Vital statistics of India. Vol. V, Reports of 1876 on armies & jails and on epidemic cholera
Year: 1876
Disease focus: Cholera
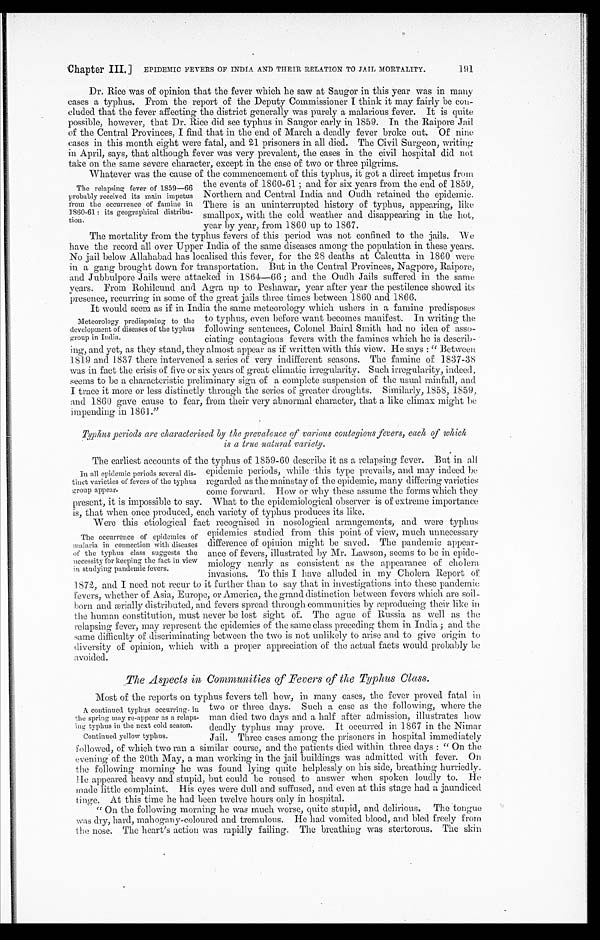
Chapter III.] EPIDEMIC FEVERS OF INDIA AND THEIR RELATION TO JAIL MORTALITY.
191
Dr. Rice was of opinion that the fever which he saw at Saugor in this year was in many
cases a typhus. From the report of the Deputy Commissioner I think it may fairly be con--
cluded that the fever affecting the district generally was purely a malarious fever. It is quite
possible, however, that Dr.Rice did see typhus in Saugor early in 1859. In the Raipore Jail
of the Central Provinces, I find that in the end of March a deadly fever broke out. Of nine
cases in this month eight were fatal, and 21 prisoners in all died. The Civil Surgeon, writing
in April, says, that although fever was very prevalent, the cases in the civil hospital did not
take on the same severe character. except in the case of two o r t h r e e p i l g r i m s .
Whatever was the cause of the commencement of this typhus, it got a direct impetus from
the events of 1860-61; and for six years from the end of 1859,
Northern and Central India and Oudh retained the epidemic.
There is an uninterrupted history of typhus, appearing, like
smallpox, with the cold weather and disappearing in the hot,
year by year, from 1860 up to 1867.
The mortality from the typhus fevers of this period was not confined to the jails. We
have the record. all over Upper India of the same diseases among the population in these years.
No jail below Allahabad has localised this fever, for the 28 deaths at Calcutta in 1860 were
in a gang brought down for transportation. But in the Central Provinces, Nagpore, Raipore,
and Jubbulpore Jails were attacked in 1864—66; and the Oudh Jails suffered in the same
years. From Rohilcund and Agra up to Peshawar, year after year the pestilence showed its
presence, recurring in some of the great jails three times between 1860 and 1866.
It would seem as if in India the same meteorology which ushers in a famine predisposes
to typhus, even before want becomes manifest. In writing the
following sentences, Colonel Baird Smith had no idea of asso-
ciating contagious fevers with the famines which he is describ-
ing, and yet, as they stand, they almost appear as if written with this view. He says: "Between
1819 and 1837 there intervened a series of very indifferent seasons. The famine of 1837-38
was in fact the crisis of five or six years of great climatic irregularity. Such irregularity, indeed,
seems to be a characteristic preliminary sign of a complete suspension of the usual rainfall, and
I trace it more or less distinctly through the series of greater droughts. Similarly, 1858, 1859,
and 1860 gave cause to fear, from their very abnormal character, that a like climax might be
impending in 1861."
Typhus periods are characterised by the prevalence of various contagious fevers, each of which
is a true natural variety.
The earliest accounts of the typhus of 1859-60 describe it as a relapsing fever. But in all
epidemic periods, while this type prevails, and may indeed be
regarded as the mainstay of the epidemic, many differing varieties
come forward. How or why these assume the forms which they
present, it is impossible to say. What to the epidemiological observer is of extreme importance
is, that when once produced, each variety of typhus produces its like.
Were this etiological fact recognised in nosological arrangements, and were typhus
epidemics studied from this point of view, much unnecessary
difference of opinion might be saved. The pandemic appear -
ance of fevers, illustrated by Mr. Lawson, seems to be in epide -
miology nearly as consistent as the appearance of cholera
invasions. To this I have alluded in my Cholera Report of
1872, and I need not recur to it further than to say that in investigations into these pandemic
fevers, whether of Asia, Europe, or America, the grand distinction between fevers which are soil -
born and ærially distributed, and fevers spread through communities by reproducing their like in
the human constitution, must never be lost sight of. The ague of Russia as well as the
relapsing fever, may represent the epidemics of the same class preceding them in India; and the
same difficulty of discriminating between the two is not unlikely to arise and to give origin to
diversity of opinion, which with a proper appreciation of the actual facts would probably be
avoided.
The Aspects in Communities of Fevers of the Typhus Class.
Most of the reports on typhus fevers tell how, in many cases, the fever proved fatal in
two or three days. Such a case as the following, where the
man died two days and a half after admission, illustrates how
deadly typhus may prove. It occurred in 1867 in the Nimar
Jail. Three cases among the prisoners in. hospital immediately
followed, of which two ran a similar course, and the patients died within three days : "On the
evening of the 20th May, a man working in the jail buildings was admitted with fever. On
the following morning he was found lying quite helplessly on his side, breathing hurriedly.
He appeared heavy and stupid, but could be roused to answer when spoken loudly to. He
made little complaint. His eyes were dull and suffused, and even at this stage had a jaundiced
tinge. At this time he had been twelve hours only in hospital.
"On the following morning he was much worse, quite stupid, and delirious. The tongue
was dry, hard, mahogany-coloured and tremulous. He had vomited blood, and bled freely from
the nose. The heart's action was rapidly failing. The breathing was stertorous. The skin
The relapsing fever of 1859—66
probably received its main impetus
from the occurrence of famine in
1860-61: its geographical distribu
-tion.
Meteorology predisposing to the
development of diseases of the typhus
group in India.
In all epidemic periods several dis--
tinct varieties of fevers of the typhus
appear.
The occurrence of epidemics of
malaria in connection with diseases
of the typhus class suggests the
necessity for keeping the fact in view
in studying pandemic fevers.
A continued typhus occurring in
the spring may re-appear as a relaps
- i n g t y p h u s i n t h e n e x t c o l d s e a s o n .
Continued yellow typhus.